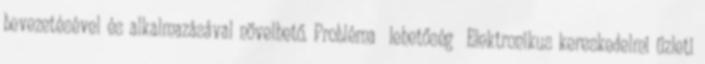
bevezetésével és alkalmazásával növelhető. Probléma lehetőség ▪Elektronikus kereskedelmi üzleti